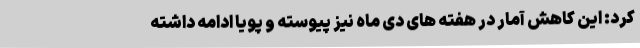
کرد: این کاهش آمار در هفته های دی ماه نیز پیوسته و پویا ادامه داشته